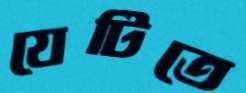
যেটিতে